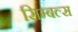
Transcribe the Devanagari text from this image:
सिम्बल्स